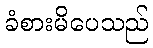
ခံစားမိပေသည်